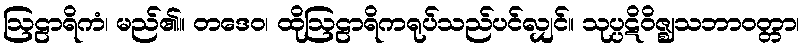
ဩဠာရိကံ၊ မည်၏။ တဒေဝ၊ ထိုဩဠာရိကရုပ်သည်ပင်လျှင်။ သုပ္ပဋိဝိဇ္ဈသဘာဝတ္တာ၊